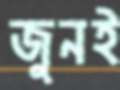
জুনই